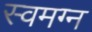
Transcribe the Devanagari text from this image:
स्वमग्न